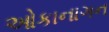
ઓકાનાગન